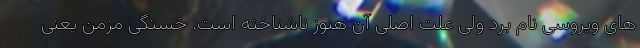
های ویروسی نام برد ولی علت اصلی آن هنوز ناشناخته است. خستگی مزمن یعنی